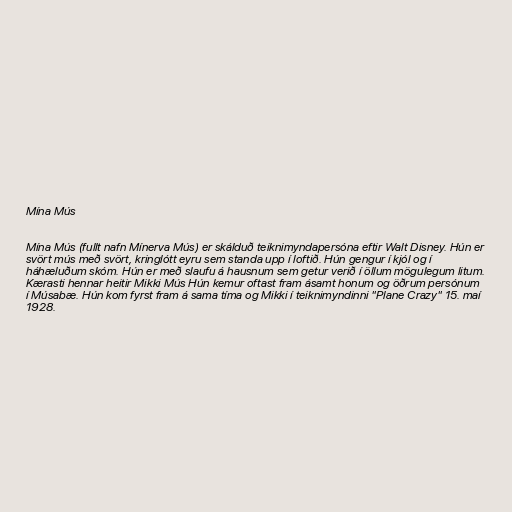
Mína Mús

Mína Mús (fullt nafn Mínerva Mús) er skálduð teiknimyndapersóna eftir Walt Disney. Hún er
svört mús með svört, kringlótt eyru sem standa upp í loftið. Hún gengur í kjól og í
háhæluðum skóm. Hún er með slaufu á hausnum sem getur verið í öllum mögulegum litum.
Kærasti hennar heitir Mikki Mús Hún kemur oftast fram ásamt honum og öðrum persónum
í Músabæ. Hún kom fyrst fram á sama tíma og Mikki í teiknimyndinni "Plane Crazy" 15. maí
1928.